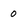
Character: 0